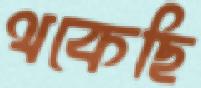
থকেছি